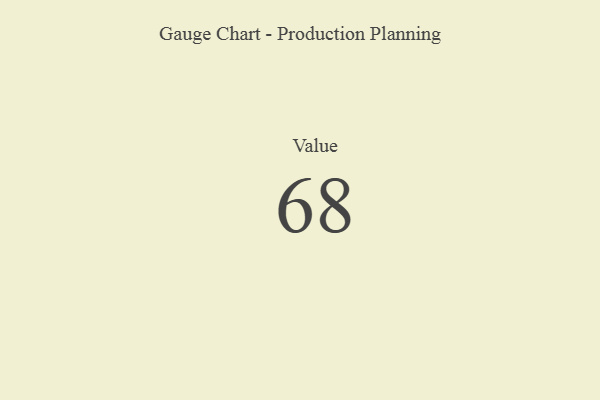
{"axis": {"x": "Metric", "y": "Value"}, "legend": [""], "data": [{"x": "Value", "y": 68, "type": ""}]}